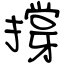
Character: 撐